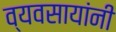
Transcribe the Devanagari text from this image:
व्यवसायांनी